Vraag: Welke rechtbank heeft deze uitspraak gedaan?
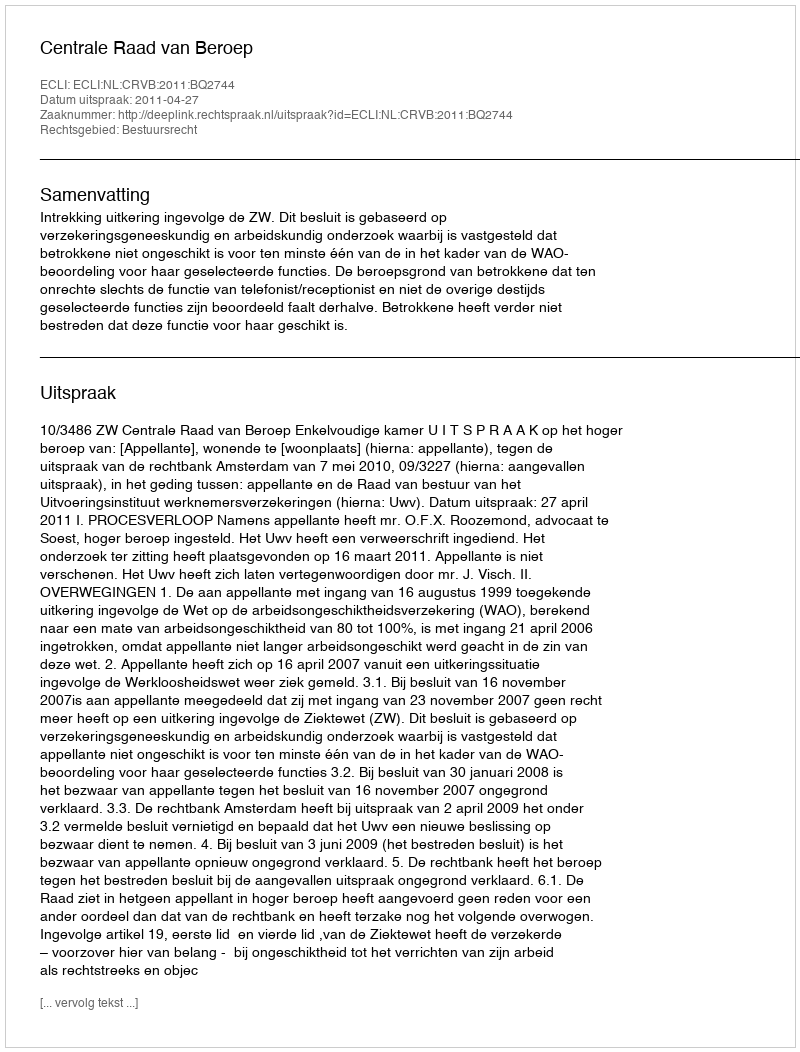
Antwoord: Centrale Raad van Beroep